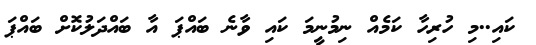
ކައި..މި ހުރިހާ ކަމެއް ނިމުނީމަ ކައި ވާނެ ބައްޕަ އާ ބައްދަލުކޮށް ބައްޕަ